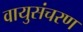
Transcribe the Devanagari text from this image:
वायुसंचरण